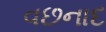
વછનાદ